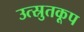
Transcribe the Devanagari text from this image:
उत्स्रुतकूप